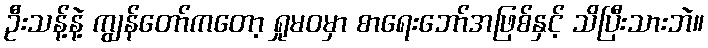
ဦးသန့်နဲ့ ကျွန်တော်ကတော့ ရှုမဝမှာ စာရေးဘော်အဖြစ်နှင့် သိပြီးသားဘဲ။